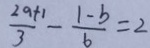
\frac { 2 a + 1 } { 3 } - \frac { 1 - b } { 6 } = 2